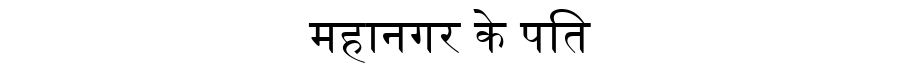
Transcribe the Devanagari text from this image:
महानगर के पति